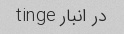
در انبار tinge